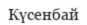
Күсенбай